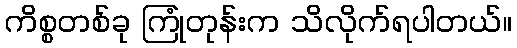
ကိစ္စတစ်ခု ကြုံတုန်းက သိလိုက်ရပါတယ်။